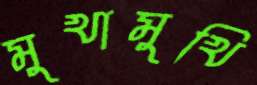
মুখামুখি